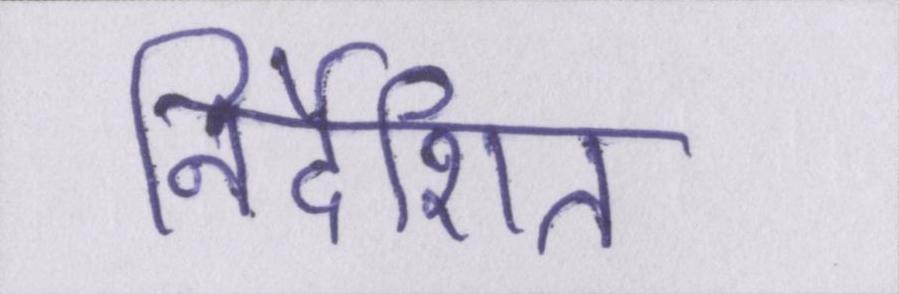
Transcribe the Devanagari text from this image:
निर्देशित